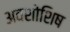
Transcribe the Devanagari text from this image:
अवशोशिष